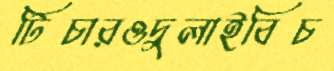
টিচারওদুলাইবিচ